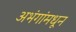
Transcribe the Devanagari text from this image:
अभंगांमधून